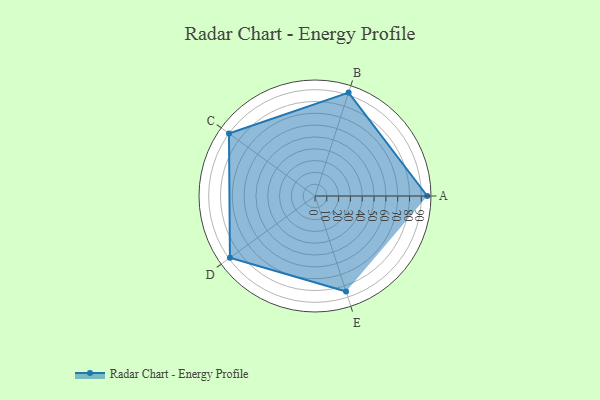
{"axis": {"x": "Skill", "y": "Score"}, "legend": ["Profile"], "data": [{"x": "A", "y": 95.0, "type": "Profile"}, {"x": "B", "y": 92.0, "type": "Profile"}, {"x": "C", "y": 90.0, "type": "Profile"}, {"x": "D", "y": 89.0, "type": "Profile"}, {"x": "E", "y": 85.0, "type": "Profile"}]}